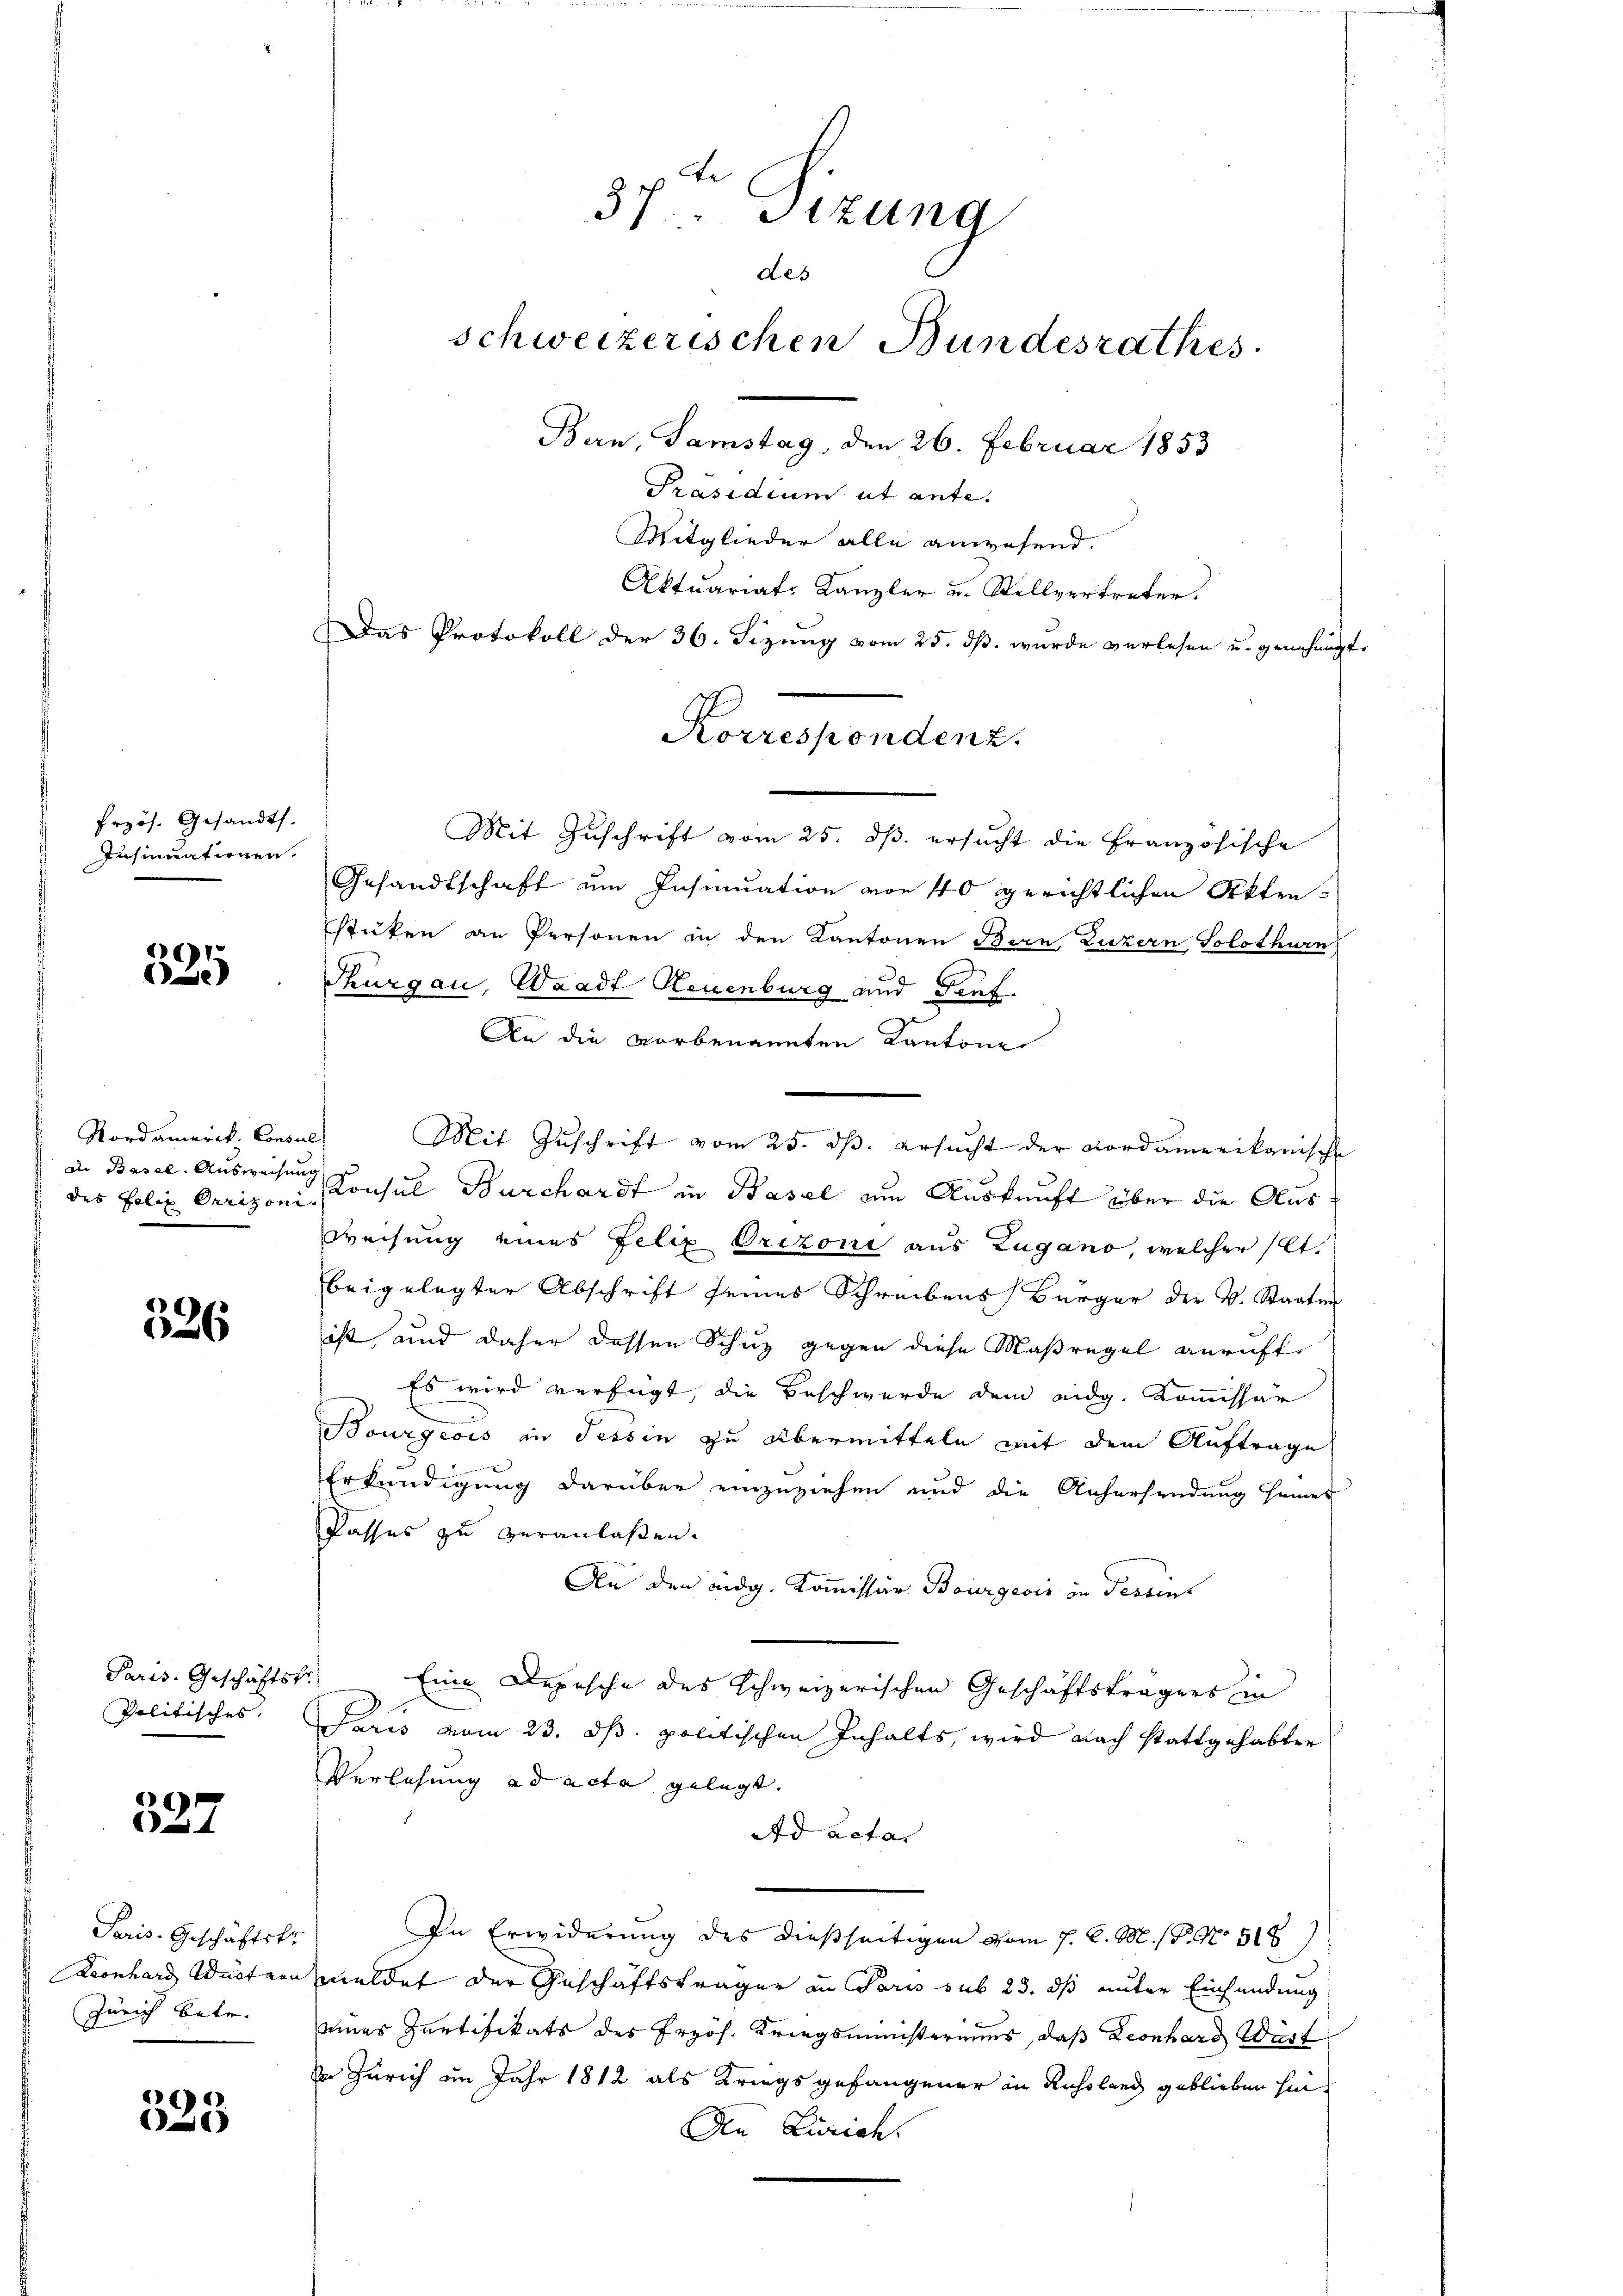
Przös. Gesandts
Insinuationen.

335

Nordamerik. Consul
Die Basel. Ausweisung
des Felix Oerizoni

326

Paris. Geschäftst
Politisches.

537

Paris. Geschäftskr
Leonhard Wurt von
Zürich betr.

c
)

37. Sitzung
des
schweizerischen Bundesrathes
Bern, Samstag, den 26. Februar 1853
Präsidium ut ante.
Mitglieder alle anwesend.
Aktuariat-Kanzler u. Stellvertreter.
Das Protokoll der 36. Fizung vom 25. dß wurde verlesen u. genehmigte

Mit Zuschrift vom 25. dβ. ersŭcht die Französische
Gesandtschaft um Insinuation von 40 gerichtlichen Akten-
stüken an Personen in den Kantonen Bern, Luzern Solothurn
Thurgau, Waadt Neuenburg und Genf.
An die vorbenannten Kantone
Konsul Burchardt in Basel um Auskunft über die Aus
Weisung eines Felix Orizoni aus Zugano, welcher (lt.
beigelegter Abschrift seines Schreibens Bürger der v. Staaten
ist und daher dessen Schuz gegen diese Maßregel anruft¬
Es wird verfügt, die Beschwerde dem eidg. Kommissär
Bourgeois in Tessin zu übermitteln mit dem Auftrage
Erkundigung darüber einzuziehen und die Aufersendung heimes
Passes zu veranlassen.
An den eidg. Kommissär Bourgeois in Tessin
Eine Depesche des Schweizerischen Geschäftsträgers in
Paris vom 23. ds. politischen Inhalts, wird nach stattgehabter
Verlesung ad acta gelegt.
Ad actas
In Erwiderung des dießseitigen vom 7. d. M. P. No 518
meldet der Geschäftsträger in Paris sub 23. ds unter Einfundung
eines Partifikats des Prof. Kriegsministeriums, daß Leonhard Wärt
Zürich im Jahr 1812 als Kriegsgefangener in Ruholend geblieben hin¬
Den Zürich

Korrespondenz.

Mit Zŭschrift vom 25. dβ. ersŭcht der Nordamerikanische